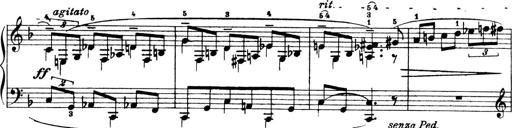
Title: 4 Sonatines
Composer: Max Reger